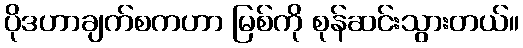
ပိုဒဟာချက်စကဟာ မြစ်ကို စုန်ဆင်းသွားတယ်။